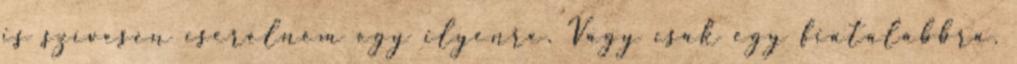
is szívesen cserélném egy ilyenre. Vagy csak egy fiatalabbra.